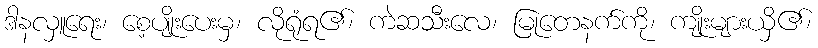
ဒါနလှူရေး၊ စေ့ပျိုးပေးမှ၊ လိုရုံရ၏၊ ကဲဆသီးလေ၊ မြုတေနက်ကို၊ ကျိုးများယှိ၏၊